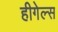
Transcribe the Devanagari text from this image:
हीगेल्स